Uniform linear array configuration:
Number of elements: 12
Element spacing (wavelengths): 1
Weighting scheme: blackman
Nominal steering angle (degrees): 0
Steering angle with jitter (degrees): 0.3402
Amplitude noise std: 0.05
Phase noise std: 0.05

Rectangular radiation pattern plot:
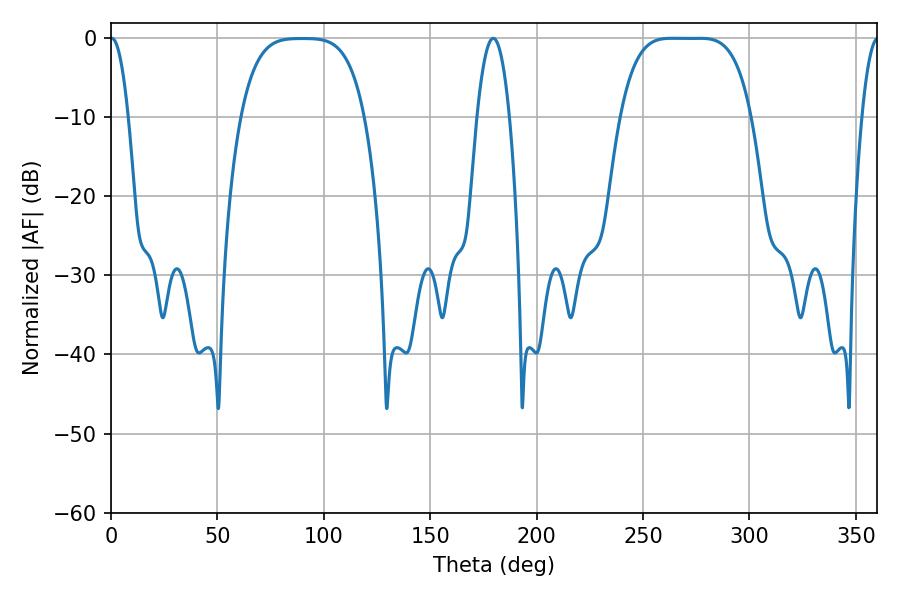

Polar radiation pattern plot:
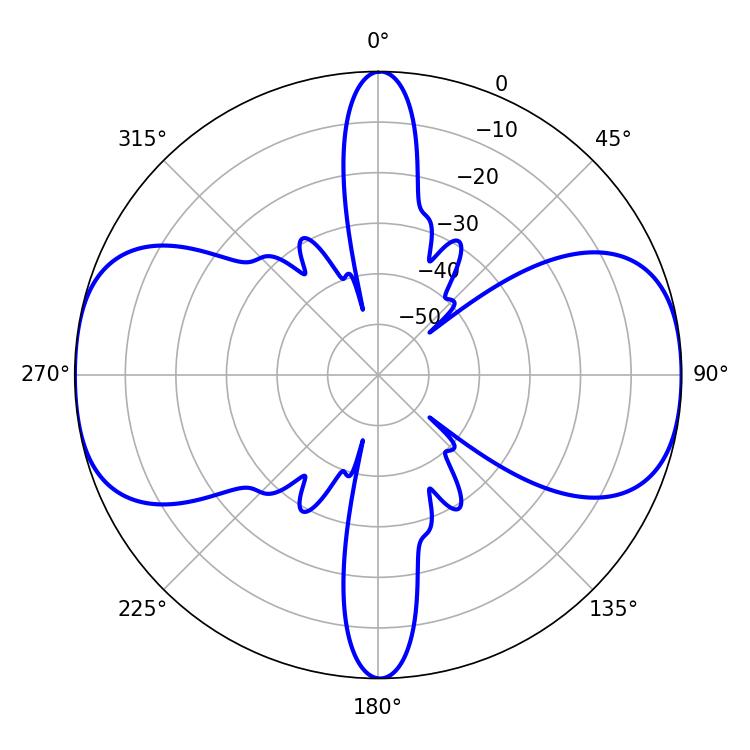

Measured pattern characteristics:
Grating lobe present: TRUE
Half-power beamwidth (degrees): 46.44
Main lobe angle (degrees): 263.34